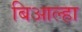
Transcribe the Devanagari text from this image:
बिआल्हा